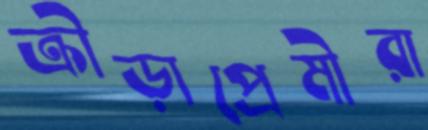
ক্রীড়াপ্রেমীরা